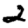
Digit: 2